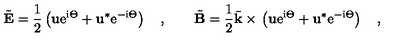
\tilde { { \bf E } } { } = { } \frac { 1 } { 2 } \left( { \bf u } \mathrm { e } ^ { \mathrm { i } \Theta } { } + { } { \bf u } ^ { * } \mathrm { e } ^ { - \mathrm { i } \Theta } \right) \quad , \qquad \tilde { { \bf B } } { } = { } \frac { 1 } { 2 } \bar { \bf k } { } \times { } \left( { \bf u } \mathrm { e } ^ { \mathrm { i } \Theta } { } + { } { \bf u } ^ { * } \mathrm { e } ^ { - \mathrm { i } \Theta } \right) \quad ,